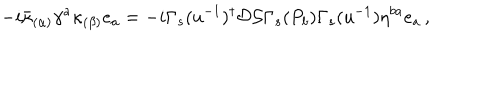
- i \bar { \kappa } _ { ( \alpha ) } \gamma ^ { a } \kappa _ { ( \beta ) } e _ { a } = - i \Gamma _ { s } ( u ^ { - 1 } ) ^ { \dagger } \mathcal { D } \mathcal { S } \Gamma _ { s } ( P _ { b } ) \Gamma _ { s } ( u ^ { - 1 } ) \eta ^ { b a } e _ { a } \, ,